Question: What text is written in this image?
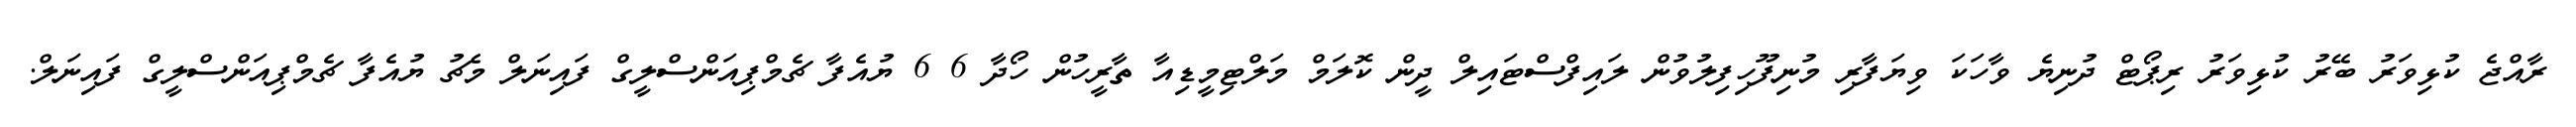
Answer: ރާއްޖެ ކުޅިވަރު ބޭރު ކުޅިވަރު ރިޕޯޓް ދުނިޔެ ވާހަކަ ވިޔަފާރި މުނިފޫހިފިލުވުން ލައިފްސްޓައިލް ދީން ކޮލަމް މަލްޓިމީޑިއާ ތާރީހުން ހޯދާ 6 6 ޔުއެފާ ޗެމްޕިއަންސްލީގް ފައިނަލް މެޗު ޔުއެފާ ޗެމްޕިއަންސްލީގް ފައިނަލް.